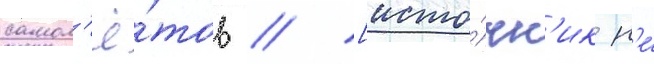
самол'ё́тов // [исто́чн'ик н'е́